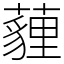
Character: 薶